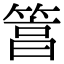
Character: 䈞